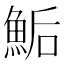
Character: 鮜